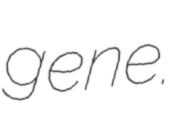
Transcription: gene.